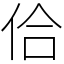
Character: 佮